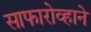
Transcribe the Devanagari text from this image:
साफारोव्हाने